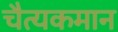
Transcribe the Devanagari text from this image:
चैत्यकमान